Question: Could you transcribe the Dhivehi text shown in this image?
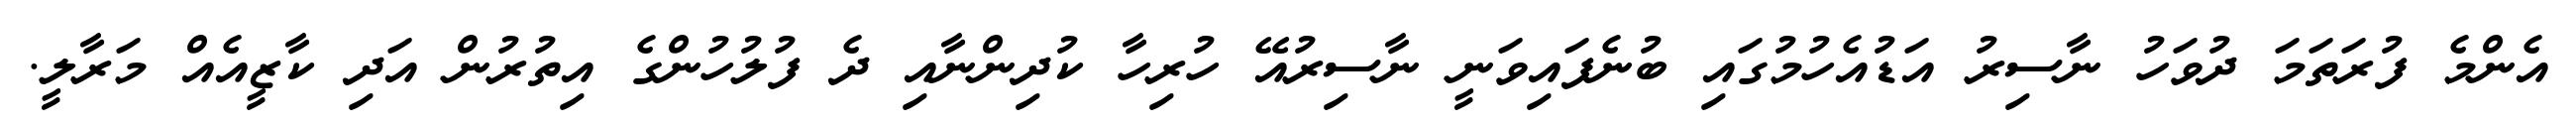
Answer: އެންމެ ފުރަތަމަ ދުވަހު ނާސިރު އަޑުއެހުމުގައި ބުނެފައިވަނީ ނާސިރުއޭ ހުރިހާ ކުދިންނާއި ދެ ފުލުހުންގެ އިތުރުން އަދި ކާޒީއެއް މަރާލީ.